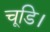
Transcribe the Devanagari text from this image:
चूडि।